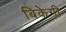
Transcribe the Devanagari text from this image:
बिकेगी